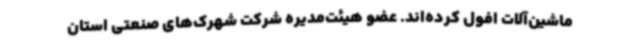
ماشین‌آلات افول کرده‌اند. عضو هیئت‌مدیره شرکت شهرک‌های صنعتی استان